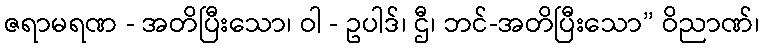
ဇရာမရဏ - အတိပြီးသော၊ ဝါ - ဥပါဒ်၊ ဌီ၊ ဘင်-အတိပြီးသော” ဝိညာဏ်၊